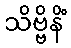
သိဗ္ဗိနိံ